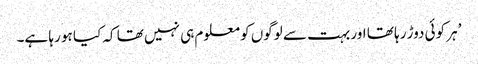
’ہر کوئی دوڑ رہا تھا اور بہت سے لوگوں کو معلوم ہی نہیں تھا کہ کیا ہو رہا ہے۔